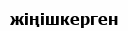
жіңішкерген